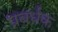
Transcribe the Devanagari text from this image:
प्रबर्धक